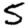
Digit: 5